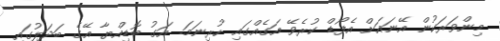
މިންވަރަކުން އޭނައަށް އެފޯޑް ކުރެވޭ އަގެއްގައި ހުރިނަމަ. އަގު ބޮޑިއްޔާ އޭގެ ބަދަލުގައި